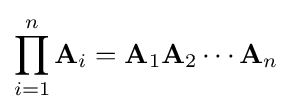
\prod _{i=1}^{n}\mathbf {A} _{i}=\mathbf {A} _{1}\mathbf {A} _{2}\cdots \mathbf {A} _{n}